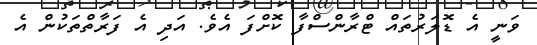
ވަނީ އެ ޑޮލަރުތައް ޓްރާންސްފާ ކޮށްފަ އެވެ. އަދި އެ ފަރާތްތަކުން އެ